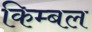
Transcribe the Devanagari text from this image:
किम्बल